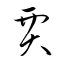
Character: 賈